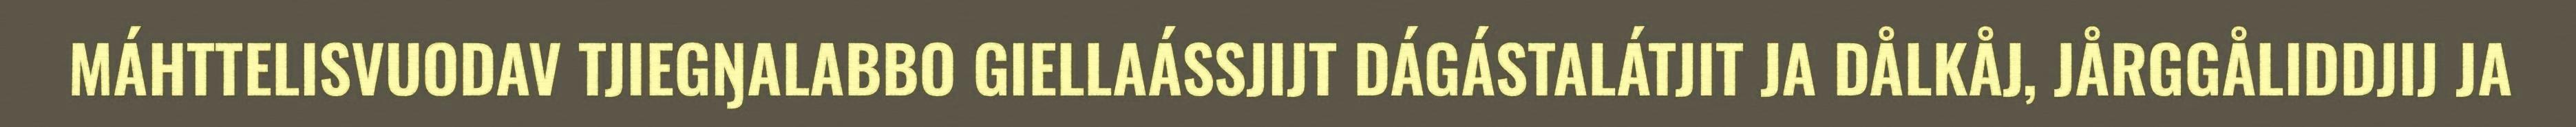
MÁHTTELISVUODAV TJIEGŊALABBO GIELLAÁSSJIJT DÁGÁSTALÁTJIT JA DÅLKÅJ, JÅRGGÅLIDDJIJ JA